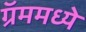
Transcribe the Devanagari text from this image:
ग्रॅममध्ये